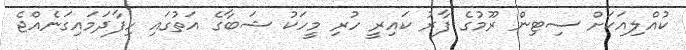
ކުއްލިއަކަށް ސިޓިން ރޫމުގެ ފާރު ކައިރީ ހުރި މީހަކު ޝަބާގެ އަތުގައި ހިފާދަމައިގަނެއްޖެ